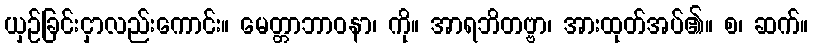
ယှဉ်ခြင်းငှာလည်းကောင်း။ မေတ္တာဘာဝနာ၊ ကို။ အာရဘိတဗ္ဗာ၊ အားထုတ်အပ်၏။ စ၊ ဆက်။